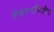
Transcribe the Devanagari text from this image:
लेकरगणितीय